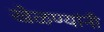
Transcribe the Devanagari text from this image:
खेळण्यांनी